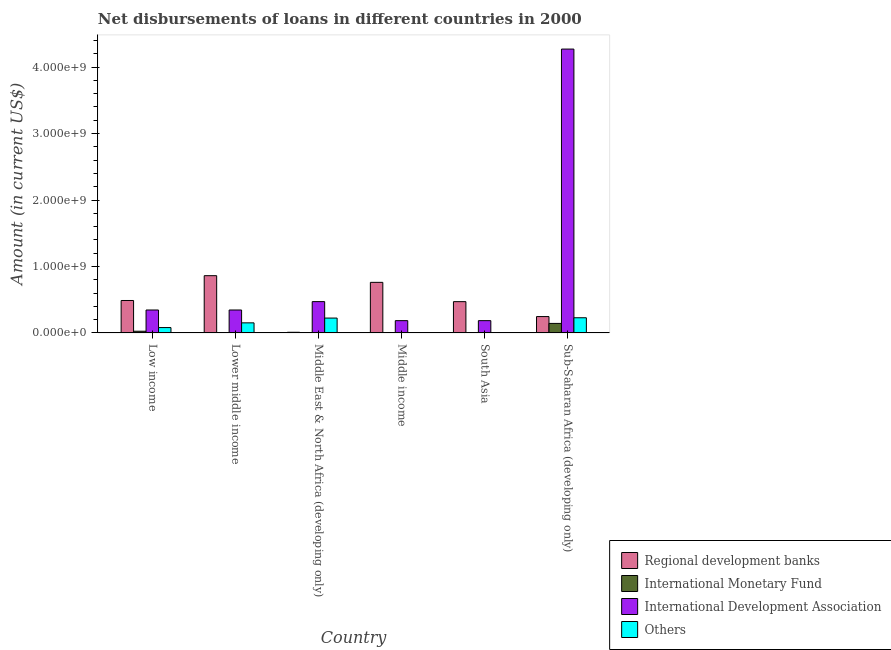
| Country | Regional development banks | International Monetary Fund | International Development Association | Others |
 | --- | --- | --- | --- | --- |
 | Low income | 4.88e+08 | 2.57e+07 | 3.45e+08 | 8.07e+07 |
 | Lower middle income | 8.62e+08 | -1.01e+08 | 3.45e+08 | 1.52e+08 |
 | Middle East & North Africa (developing only) | 1.01e+07 | 3.6e+06 | 4.71e+08 | 2.24e+08 |
 | Middle income | 7.61e+08 | -8.67e+07 | 1.85e+08 | -2.39e+09 |
 | South Asia | 4.71e+08 | -2.77e+08 | 1.85e+08 | -4.91e+07 |
 | Sub-Saharan Africa (developing only) | 2.46e+08 | 1.43e+08 | 4.27e+09 | 2.28e+08 |